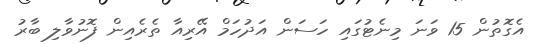
އެގޮތުން 15 ވަނަ މިނެޓުގައި ހަސަން އަދުހަމް އޭރިއާ ތެރެއިން ފޮނުވާލި ބާރު